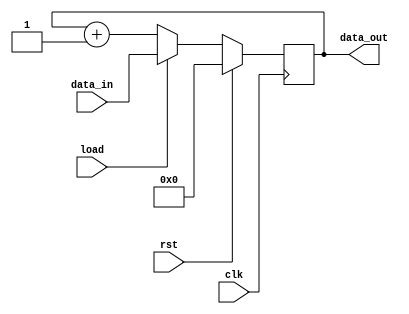
module loadable_4bit_up_counter(clk,rst,load,data_in,data_out);
input clk,rst,load;
input [3:0]data_in;
output reg [3:0]data_out;
always @(posedge clk)
    begin
    if (rst)
        data_out <= 4'b0000;
    else if (load)
        data_out <= data_in;
    else
        data_out <= data_out + 4'b0001;
    end
endmodule